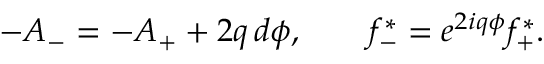
- A _ { - } = - A _ { + } + 2 q \, d \phi , \qquad f _ { - } ^ { * } = e ^ { 2 i q \phi } f _ { + } ^ { * } .